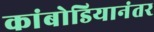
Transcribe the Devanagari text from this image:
कांबोडियानंतर